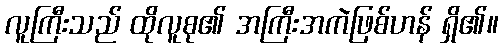
လူကြီးသည် ထိုလူစု၏ အကြီးအကဲဖြစ်ဟန် ရှိ၏။